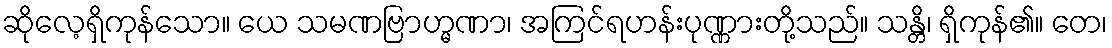
ဆိုလေ့ရှိကုန်သော။ ယေ သမဏဗြာဟ္မဏာ၊ အကြင်ရဟန်းပုဏ္ဏားတို့သည်။ သန္တိ၊ ရှိကုန်၏။ တေ၊